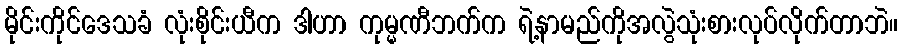
မိုင်းကိုင်ဒေသခံ လုံးစိုင်းယီက ဒါဟာ ကုမ္မဏီဘက်က ရဲ့နာမည်ကိုအလွဲသုံးစားလုပ်လိုက်တာဘဲ။